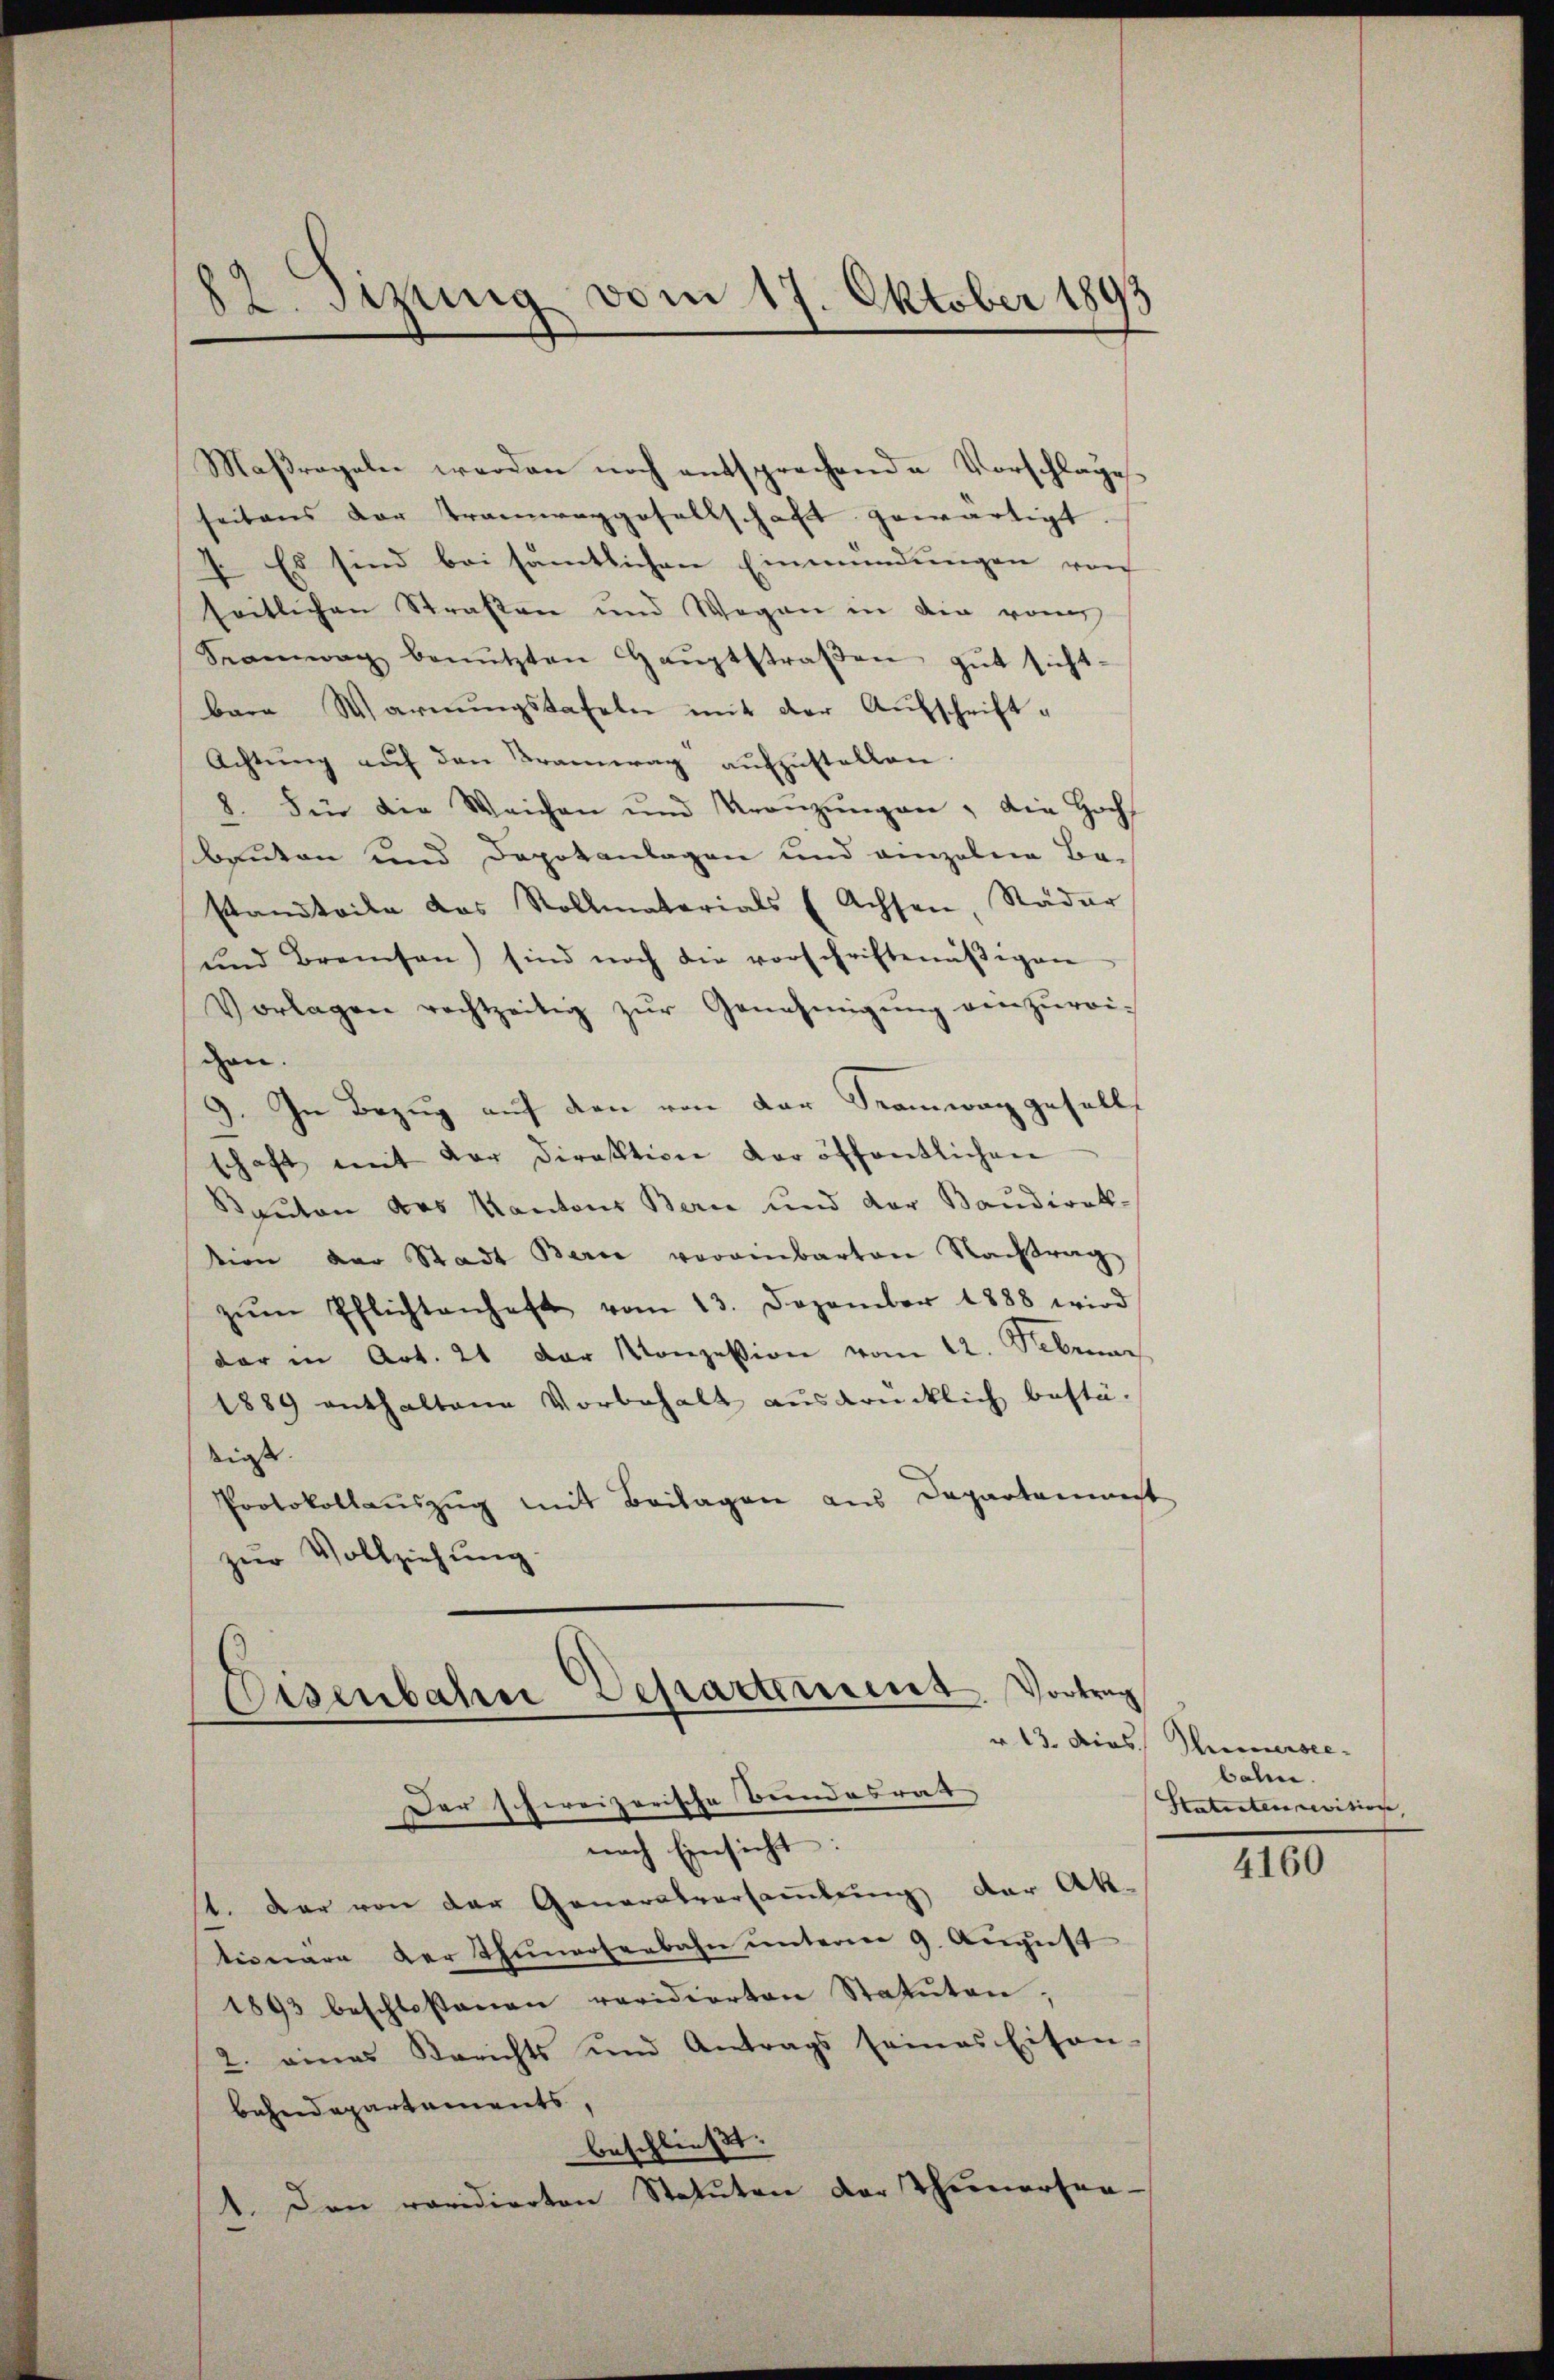
82. Sitzung vom 17. Oktober 1893

Maßregeln werden noch entsprechende Vorschlage.
seitens der Tramwaggesellschaft gewärtigt
7. Es sind bei sämtlichen Einmündŭngen von
seitlichen Straßen und Wegen in die vom
Seamwag benützten Haŭptstraβen gŭt sicht.
bara Warnŭngstafeln mit der Aufschrift¬
Achtung auf den Kramwag aufzustellen
8. Für die Weichen und Kränzŭngen, die Hoch
Bauten und Dopotanlagen und einzelne Bestandteile das Vollmaterials (Achsen, Städer
und Breisen sind noch die vorschriftenäβigen
Vorlagen rechtzeitig zŭr Genehmigŭng den zŭrei-
chen.
9. In Bezug auf den von der Tramwag gesellt
schaft mit der Direktion der öffentlichen
Rauton des Kantons Berne und der Baudirektion der Stadt Berne vereinbarten Nachtrag,
zŭm Pflichtenhaft vom 13. Dezember 1888 wird
dar in Art. 21 der Konzession vom 12. Februar
1889 enthaltene Vorbehalt ausdrücklich bestädinst. |
Protokollauszug mit Beilagen aus Departement
zur Vollziehung.

Eisenbahn Departement, Vortrag
Der schreizerische Bundesrat

nach Einsicht:
t. Der von der Generalversamlung der Ak-
tionare der Thunertenbahn unterm 9. August
1893 beschlossenen revidierten Statuten,
2. eines Berichts und Antrags seines Eisen-
bahndepartements,
beschließt:
Den revidierten Statuten der Thienersen-
d

v. 13. Dies Thunersee
bahn.
Statenten revitione, |

4160